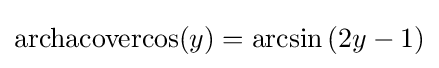
\operatorname {archacovercos} (y)=\arcsin \left(2y-1\right)